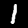
Digit: 1